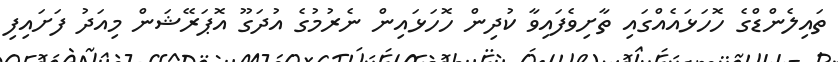
ތައިލެންޑްގެ ހޮހަޅައެއްގައި ތާށިވެފައިވާ ކުދިން ހޮހަޅައިން ނެރުމުގެ އުދަގޫ އޮޕަރޭޝަން މިއަދު ފަށައިފި